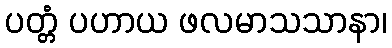
ပတ္တံ ပဟာယ ဖလမာသသာနာ၊